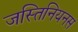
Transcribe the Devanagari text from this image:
जस्तिनियनस